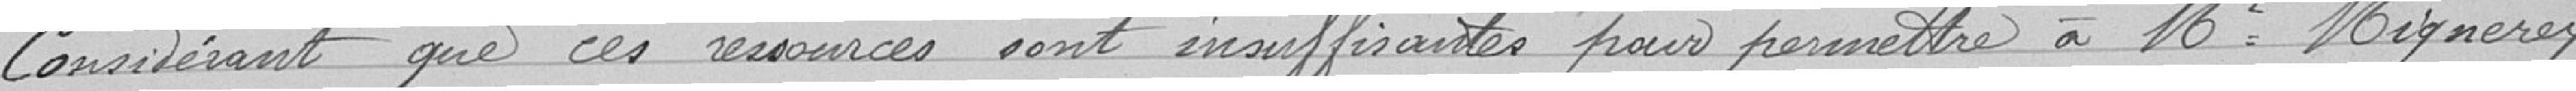
Considérant que ces ressources sont insuffisantes pour permettre à Monsieur Mignerey